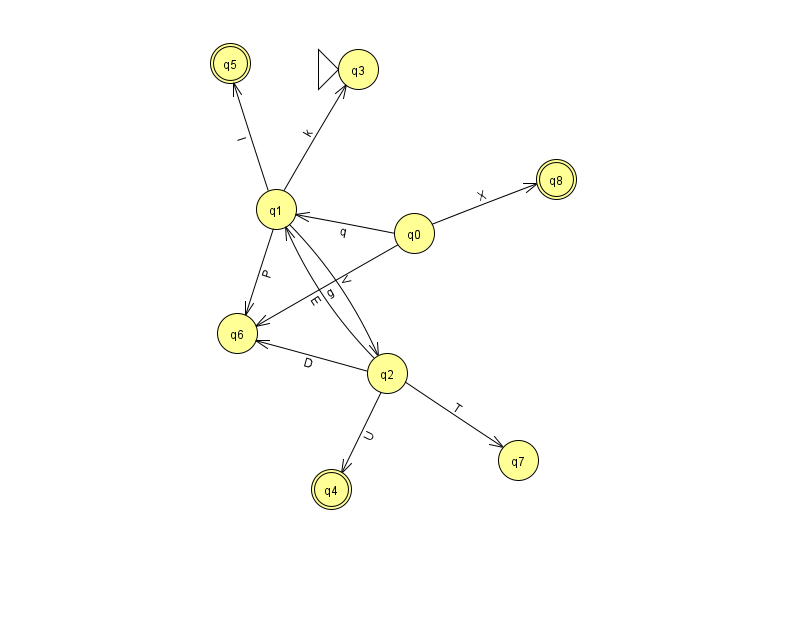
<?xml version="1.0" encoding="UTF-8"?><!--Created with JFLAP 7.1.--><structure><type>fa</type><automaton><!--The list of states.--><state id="0" name="q0"><x>414.0</x><y>220.0</y></state><state id="1" name="q1"><x>276.0</x><y>196.0</y></state><state id="2" name="q2"><x>387.0</x><y>360.0</y></state><state id="3" name="q3"><x>358.0</x><y>56.0</y><initial/></state><state id="4" name="q4"><x>331.0</x><y>476.0</y><final/></state><state id="5" name="q5"><x>230.0</x><y>50.0</y><final/></state><state id="6" name="q6"><x>237.0</x><y>320.0</y></state><state id="7" name="q7"><x>518.0</x><y>447.0</y></state><state id="8" name="q8"><x>556.0</x><y>166.0</y><final/></state><!--The list of transitions.--><transition><from>0</from><to>1</to><read>q</read></transition><transition><from>1</from><to>6</to><read>P</read></transition><transition><from>2</from><to>1</to><read>E</read></transition><transition><from>2</from><to>6</to><read>D</read></transition><transition><from>1</from><to>2</to><read>V</read></transition><transition><from>0</from><to>6</to><read>g</read></transition><transition><from>2</from><to>7</to><read>T</read></transition><transition><from>1</from><to>5</to><read>l</read></transition><transition><from>2</from><to>4</to><read>U</read></transition><transition><from>0</from><to>8</to><read>X</read></transition><transition><from>1</from><to>3</to><read>k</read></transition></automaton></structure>